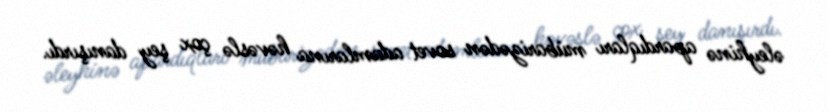
əleyhinə apardıqları mübarizədən sovet adamlarına həvəslə çox şey danışırdı.